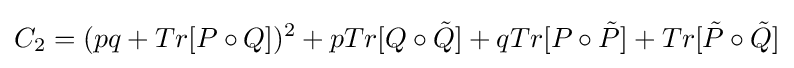
C_{2}=(pq+Tr[P\circ Q])^{2}+pTr[Q\circ {\tilde {Q}}]+qTr[P\circ {\tilde {P}}]+Tr[{\tilde {P}}\circ {\tilde {Q}}]